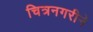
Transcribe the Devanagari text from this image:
चित्रनगरीने